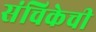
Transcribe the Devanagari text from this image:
संचिकेची